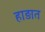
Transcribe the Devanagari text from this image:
हाड़ात